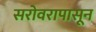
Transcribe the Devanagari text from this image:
सरोवरापासून